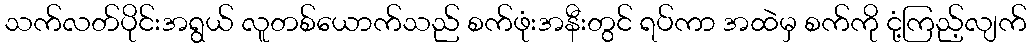
သက်လတ်ပိုင်းအရွယ် လူတစ်ယောက်သည် စက်ဖုံးအနီးတွင် ရပ်ကာ အထဲမှ စက်ကို ငုံ့ကြည့်လျက်